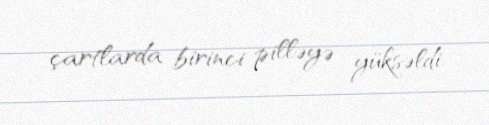
çartlarda birinci pilləyə yüksəldi.